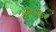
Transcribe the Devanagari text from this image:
अलन्कर